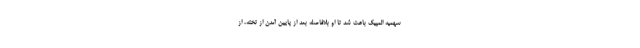
سهمیه المپیک باعث شد تا او بلافاصله بعد از پایین آمدن از تخته، از